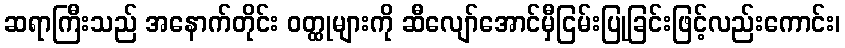
ဆရာကြီးသည် အနောက်တိုင်း ဝတ္ထုများကို ဆီလျော်အောင်မှီငြမ်းပြုခြင်းဖြင့်လည်းကောင်း၊